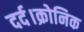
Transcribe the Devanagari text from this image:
दर्द।क्रोनिक